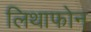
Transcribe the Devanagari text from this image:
लिथाफोन